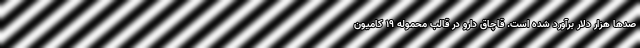
صدها هزار دلار برآورد شده است. قاچاق دارو در قالب محموله ۱۹ کامیون